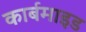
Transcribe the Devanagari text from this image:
कार्बमाइड